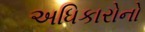
અધિકારોનો